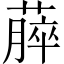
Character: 𫉡